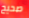
صحيح